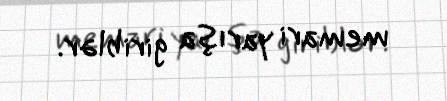
memari yarışa giriblər.